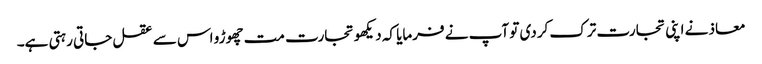
معاذ نے اپنی تجارت ترک کردی تو آپ نے فرمایا کہ دیکھو تجارت مت چھوڑو اس سے عقل جاتی رہتی ہے۔